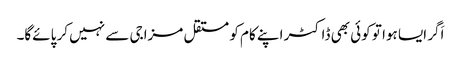
اَگر ایسا ہوا تو کوئی بھی ڈاکٹر اپنے کام کو مستقل مزاجی سے نہیں کر پائے‌گا۔